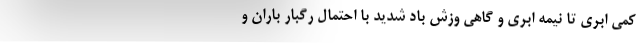
کمی ابری تا نیمه ابری و گاهی وزش باد شدید با احتمال رگبار باران و